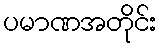
ပမာဏအတိုင်း